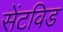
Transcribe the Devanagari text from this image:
सेंटविड